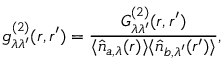
g _ { \lambda \lambda ^ { \prime } } ^ { ( 2 ) } ( \boldsymbol { r } , \boldsymbol { r } ^ { \prime } ) = \frac { G _ { \lambda \lambda ^ { \prime } } ^ { ( 2 ) } ( \boldsymbol { r } , \boldsymbol { r } ^ { \prime } ) } { \langle \hat { n } _ { a , \lambda } ( \boldsymbol { r } ) \rangle \langle \hat { n } _ { b , \lambda ^ { \prime } } ( \boldsymbol { r } ^ { \prime } ) \rangle } ,